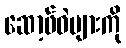
ဆော့ဖ်ဝဲများကို